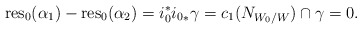
\begin{align*}\mathrm{res}_0(\alpha_1) - \mathrm{res}_0(\alpha_2) = i_0^*{i_0}_* \gamma = c_1(N_{W_0/W})\cap \gamma =0.\end{align*}